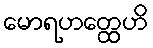
မောရဟတ္ထေဟိ